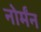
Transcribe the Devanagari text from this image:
नोर्मंन